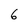
Character: 6